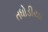
તધોડીયા